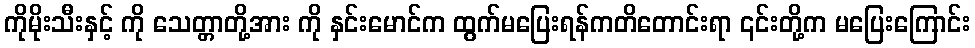
ကိုမိုးသီးနှင့် ကို သေတ္တာတို့အား ကို နှင်းမောင်က ထွက်မပြေးရန်ကတိတောင်းရာ ၎င်းတို့က မပြေးကြောင်း